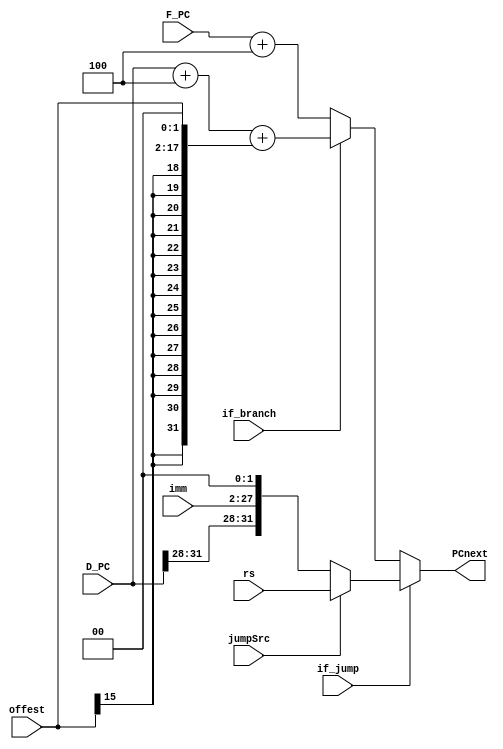
`timescale 1ns / 1ps

module NPC(
    input [31:0] D_PC,
    input [31:0] F_PC,
    input [25:0] imm,
    input [15:0] offest,
    input if_branch,
    input if_jump,
    input [31:0] rs,
    input jumpSrc,
    output [31:0] PCnext
    );

wire [31:0] PCadd4 = F_PC + 32'h0000_0004;
wire [31:0] PC_branch = D_PC + 32'h0000_0004 + {{14{offest[15]}},offest,2'b00};
wire [31:0] PC_jump = (jumpSrc==1) ? rs : {D_PC[31:28],imm,2'b00};

assign PCnext = (if_jump == 1) ? PC_jump :
                (if_branch == 1) ? PC_branch : 
                PCadd4;

endmodule